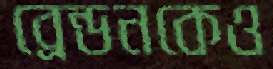
ব্রেন্ডনকেও